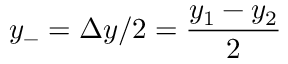
y _ { - } = \Delta { y } / 2 = \frac { y _ { 1 } - y _ { 2 } } { 2 }